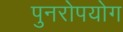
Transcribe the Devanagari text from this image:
पुनरोपयोग